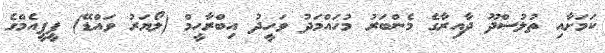
ކަމަށާއި ތުލުސްދޫ ދާއިރާގެ މެންބަރު މުހައްމަދު ވަހީދު އިބްރާހީމް (ލޯޔަރު ވައްޑޭ) ޕީޕީއެމްގެ